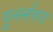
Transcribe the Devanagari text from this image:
पुनर्संचय